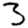
Digit: 3